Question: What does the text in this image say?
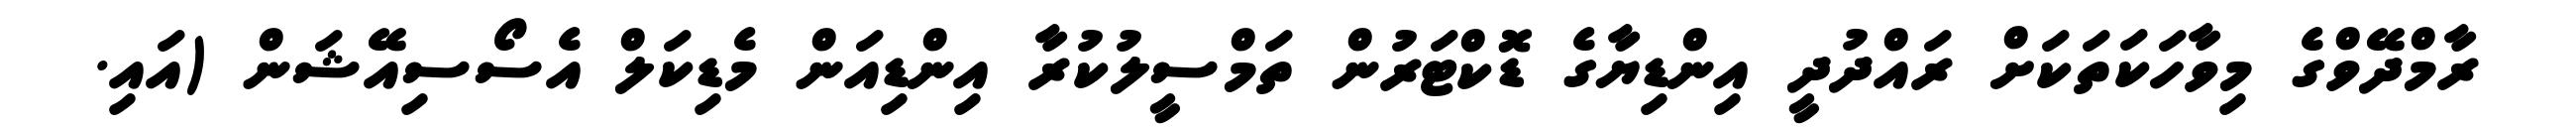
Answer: ރާމްދޭވްގެ މިވާހަކަތަކަށް ރައްދުދީ އިންޑިޔާގެ ޑޮކްޓަރުން ތަމްސީލުކުރާ އިންޑިއަން މެޑިކަލް އެސޯސިއޭޝަން (އައި.